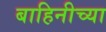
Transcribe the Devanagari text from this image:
बाहिनीच्या